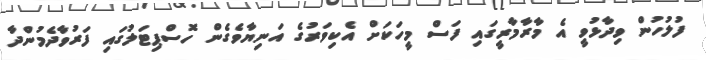
ފުލުހުން ވިދާޅުވީ އެ މާރާމާރީގައި ފަސް މީހަކަށް އެކިވަރުގެ އަނިޔާވެގެން ހޮސްޕިޓަލުގައި ފަރުވާދެމުންދާ